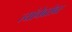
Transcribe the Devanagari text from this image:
त्यांचेबरोबर